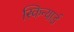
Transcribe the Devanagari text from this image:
स्किन्यार्ड